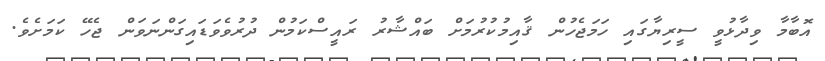
އޮބާމާ ވިދާޅުވީ ސީރިޔާގައި ހަމަޖެހުން ޤާއިމުކުރުމަށް ބައްޝާރު ރައީސްކަމުން ދުރުވެވަޑައިގަންނަވަން ޖެހޭ ކަމަށެވެ.